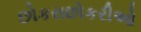
છોકરાછોકરીઓ